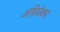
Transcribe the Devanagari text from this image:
अधिर्वक्य